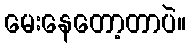
မေးနေတော့တာပဲ။